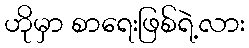
ဟိုမှာ စာရေးဖြစ်ရဲ့လား